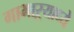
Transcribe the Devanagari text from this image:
गाभाऱ्याध्ये